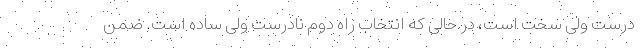
درست ولی سخت است، در حالی که انتخاب راه دوم نادرست ولی ساده است. ضمن